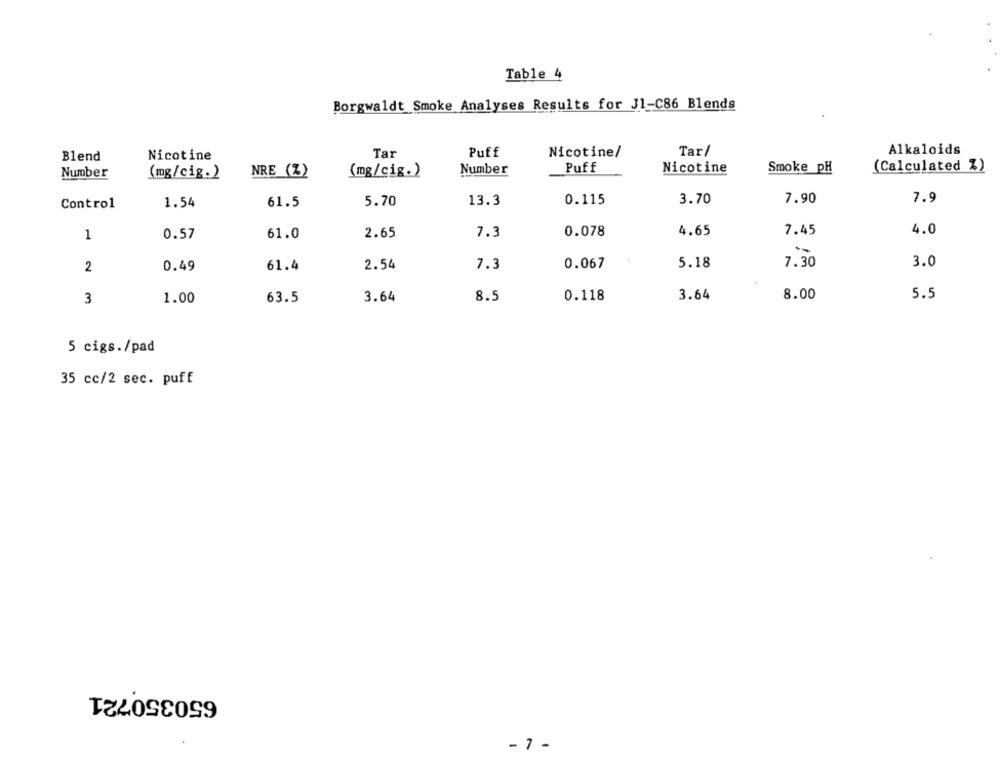
Table 4
Borgwaldt Smoke Analyses Results for J1-C86 Blends
Puff
Tar/
Alkaloids
Blend
Nicotine
Tar
Nicotine/
(Calculated %)
Number
(mg/cig.)
NRE (%)
(mg/cig.)
Number
Puff
Nicotine
Smoke _pH
Control
1.54
61.5
5.70
13.3
0.115
3.70
7.90
7.9
1
0.57
61.0
2.65
7.3
0.078
4.65
7.45
4.0
0.49
2.54
7.3
0.067
5.18
7.30
3.0
2
61.4
8.5
0.118
3.64
8.00
5.5
3
1.00
63.5
3.64
5 cigs./pad
35 cc/2 sec. puff
650350721
- 7 -